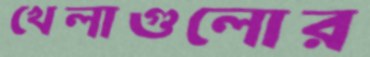
খেলাগুলোর